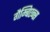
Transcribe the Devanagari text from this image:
गैम्बिएन्स